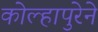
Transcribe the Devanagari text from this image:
कोल्हापुरेने